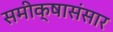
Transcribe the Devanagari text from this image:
समीक्षासंसार